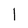
Character: 1